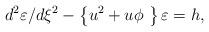
LaTeX: \begin{align*}d^{2}\varepsilon /d\xi ^{2}-\left\{ {u^{2}+u\phi \ }\right\} \varepsilon =h, \end{align*}